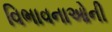
વિભાવનાઓની